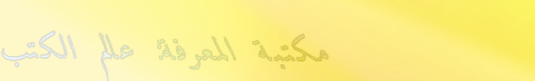
مكتبة المعرفة: عالم الكتب